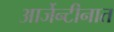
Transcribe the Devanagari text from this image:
आर्जेन्टीनात